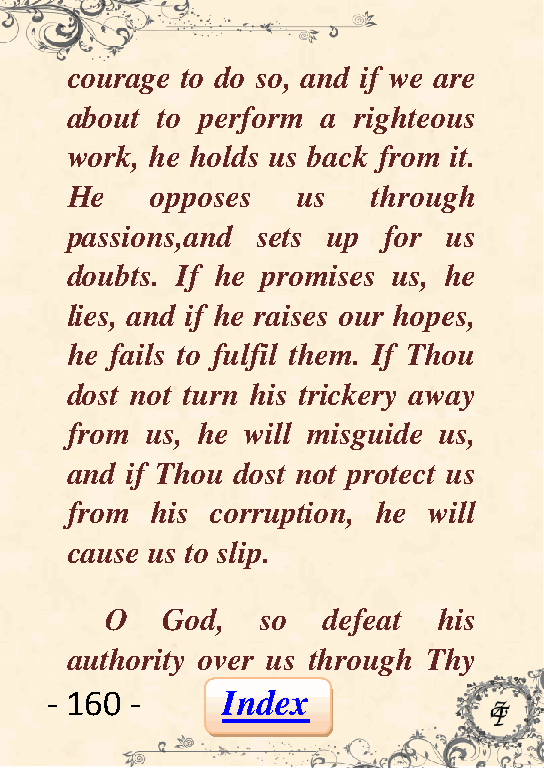
courage to do so, and if we are
 about to perform a righteous
 work, he holds us back from it.
 He    opposes   us   through
 passions,and sets up for  us
 doubts. If he promises us, he
 lies, and if he raises our hopes,
 he fails to fulfil them. If Thou
 dost not turn his trickery away
 from  us, he will misguide us,
 and if Thou dost not protect us
 from  his corruption, he will
 cause us to slip.
 O   God,  so  defeat  his
 authority over us through Thy
 - 160 -     Index